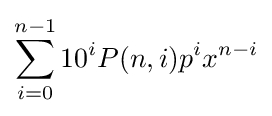
\sum _{i=0}^{n-1}10^{i}P(n,i)p^{i}x^{n-i}